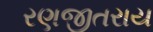
રણજીતરાય